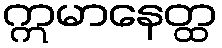
ဣမာနေတ္ထ